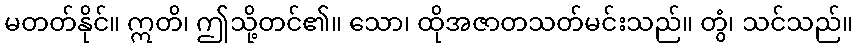
မတတ်နိုင်။ ဣတိ၊ ဤသို့တင်၏။ သော၊ ထိုအဇာတသတ်မင်းသည်။ တွံ၊ သင်သည်။